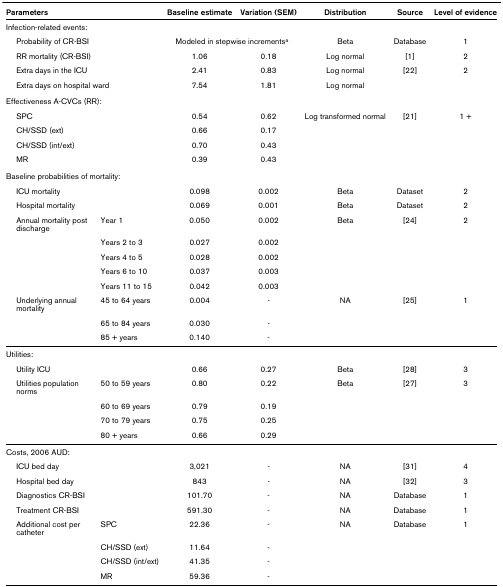
<table><thead><tr><td colspan="2"><b>Parameters</b></td><td><b>Baseline estimate</b></td><td><b>Variation (SEM)</b></td><td><b>Distribution</b></td><td><b>Source</b></td><td><b>Level of evidence</b></td></tr></thead><tbody><tr><td colspan="7">Infection-related events:</td></tr><tr><td colspan="2"> Probability of CR-BSI</td><td colspan="2">Modeled in stepwise increments<sup>a</sup></td><td>Beta</td><td>Database</td><td>1</td></tr><tr><td colspan="2"> RR mortality (CR-BSI)</td><td>1.06</td><td>0.18</td><td>Log normal</td><td>[1]</td><td>2</td></tr><tr><td colspan="2"> Extra days in the ICU</td><td>2.41</td><td>0.83</td><td>Log normal</td><td>[22]</td><td>2</td></tr><tr><td colspan="2"> Extra days on hospital ward</td><td>7.54</td><td>1.81</td><td>Log normal</td><td></td><td></td></tr><tr><td colspan="7">Effectiveness A-CVCs (RR):</td></tr><tr><td colspan="2"> SPC</td><td>0.54</td><td>0.62</td><td>Log transformed normal</td><td>[21]</td><td>1 +</td></tr><tr><td colspan="2"> CH/SSD (ext)</td><td>0.66</td><td>0.17</td><td></td><td></td><td></td></tr><tr><td colspan="2"> CH/SSD (int/ext)</td><td>0.70</td><td>0.43</td><td></td><td></td><td></td></tr><tr><td colspan="2"> MR</td><td>0.39</td><td>0.43</td><td></td><td></td><td></td></tr><tr><td colspan="7">Baseline probabilities of mortality:</td></tr><tr><td colspan="2"> ICU mortality</td><td>0.098</td><td>0.002</td><td>Beta</td><td>Dataset</td><td>2</td></tr><tr><td colspan="2"> Hospital mortality</td><td>0.069</td><td>0.001</td><td>Beta</td><td>Dataset</td><td>2</td></tr><tr><td> Annual mortality post discharge</td><td>Year 1</td><td>0.050</td><td>0.002</td><td>Beta</td><td>[24]</td><td>2</td></tr><tr><td></td><td>Years 2 to 3</td><td>0.027</td><td>0.002</td><td></td><td></td><td></td></tr><tr><td></td><td>Years 4 to 5</td><td>0.028</td><td>0.002</td><td></td><td></td><td></td></tr><tr><td></td><td>Years 6 to 10</td><td>0.037</td><td>0.003</td><td></td><td></td><td></td></tr><tr><td></td><td>Years 11 to 15</td><td>0.042</td><td>0.003</td><td></td><td></td><td></td></tr><tr><td> Underlying annual mortality</td><td>45 to 64 years</td><td>0.004</td><td>-</td><td>NA</td><td>[25]</td><td>1</td></tr><tr><td></td><td>65 to 84 years</td><td>0.030</td><td>-</td><td></td><td></td><td></td></tr><tr><td></td><td>85 + years</td><td>0.140</td><td>-</td><td></td><td></td><td></td></tr><tr><td colspan="7">Utilities:</td></tr><tr><td colspan="2"> Utility ICU</td><td>0.66</td><td>0.27</td><td>Beta</td><td>[28]</td><td>3</td></tr><tr><td> Utilities population norms</td><td>50 to 59 years</td><td>0.80</td><td>0.22</td><td>Beta</td><td>[27]</td><td>3</td></tr><tr><td></td><td>60 to 69 years</td><td>0.79</td><td>0.19</td><td></td><td></td><td></td></tr><tr><td></td><td>70 to 79 years</td><td>0.75</td><td>0.25</td><td></td><td></td><td></td></tr><tr><td></td><td>80 + years</td><td>0.66</td><td>0.29</td><td></td><td></td><td></td></tr><tr><td colspan="7">Costs, 2006 AUD:</td></tr><tr><td colspan="2"> ICU bed day</td><td>3,021</td><td>-</td><td>NA</td><td>[31]</td><td>4</td></tr><tr><td colspan="2"> Hospital bed day</td><td>843</td><td>-</td><td>NA</td><td>[32]</td><td>3</td></tr><tr><td colspan="2"> Diagnostics CR-BSI</td><td>101.70</td><td>-</td><td>NA</td><td>Database</td><td>1</td></tr><tr><td colspan="2"> Treatment CR-BSI</td><td>591.30</td><td>-</td><td>NA</td><td>Database</td><td>1</td></tr><tr><td> Additional cost per catheter</td><td>SPC</td><td>22.36</td><td>-</td><td>NA</td><td>Database</td><td>1</td></tr><tr><td></td><td>CH/SSD (ext)</td><td>11.64</td><td>-</td><td></td><td></td><td></td></tr><tr><td></td><td>CH/SSD (int/ext)</td><td>41.35</td><td>-</td><td></td><td></td><td></td></tr><tr><td></td><td>MR</td><td>59.36</td><td>-</td><td></td><td></td><td></td></tr></tbody></table>